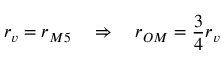
r _ { v } = r _ { M 5 } \quad \Rightarrow \quad r _ { O M } = \frac { 3 } { 4 } r _ { v }